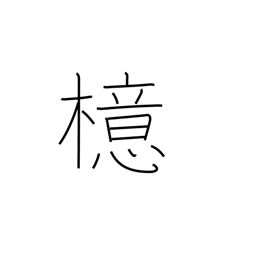
Meaning: ilex